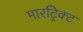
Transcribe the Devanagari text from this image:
मारट्रिक्ट